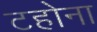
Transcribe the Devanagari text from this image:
टहोना